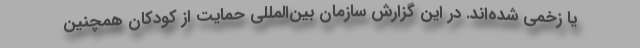
یا زخمی شده‌اند. در این گزارش سازمان بین‌المللی حمایت از کودکان همچنین